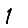
Digit: 1